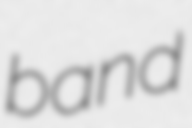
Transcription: band